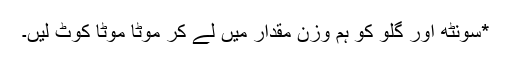
*سونٹھ اور گلو کو ہم وزن مقدار میں لے کر موٹا موٹا کوٹ لیں۔